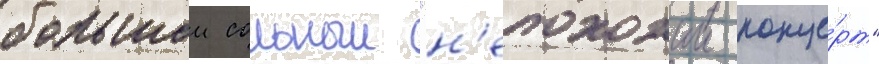
большои сольныи "н'епохожии конце́рт"